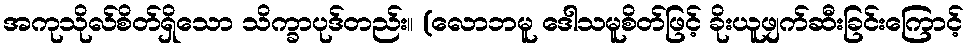
အကုသိုလ်စိတ်ရှိသော သိက္ခာပုဒ်တည်း။ (လောဘမူ ဒေါသမူစိတ်ဖြင့် ခိုးယူဖျက်ဆီးခြင်းကြောင့်